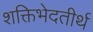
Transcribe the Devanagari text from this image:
शक्तिभेदतीर्थ